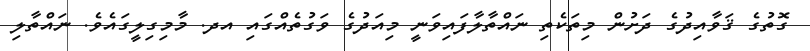
ގޮތުގެ ޤަވާއިދުގެ ދަށުން މިތަކެތި ނައްތާލާފައިވަނީ މިއަދުގެ ވަގުތެއްގައި އދ. މާމިގިލީގައެވެ. ނައްތާލި